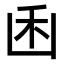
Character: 𠚉